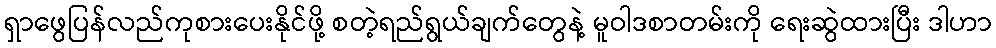
ရှာဖွေပြန်လည်ကုစားပေးနိုင်ဖို့ စတဲ့ရည်ရွယ်ချက်တွေနဲ့ မူဝါဒစာတမ်းကို ရေးဆွဲထားပြီး ဒါဟာ